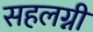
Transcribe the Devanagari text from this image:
सहलग्नी